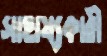
সাহায্যকারী